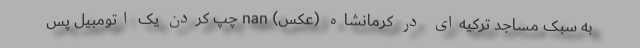
به سبک مساجد ترکیه‌ای در کرمانشاه (عکس) nan چپ کردن یک اتومبیل پس